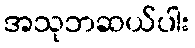
အသုဘဆယ်ပါး